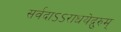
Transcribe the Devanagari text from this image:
सर्वदाऽऽराधयेद्गुरुम्